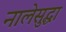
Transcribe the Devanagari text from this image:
नालेसुद्धा